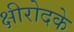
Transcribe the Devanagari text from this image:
क्षीरोदके